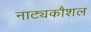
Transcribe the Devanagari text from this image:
नाट्यकौशल